Scientific memoirs by medical officers of the Army of India - Part XI,
Year: 1898
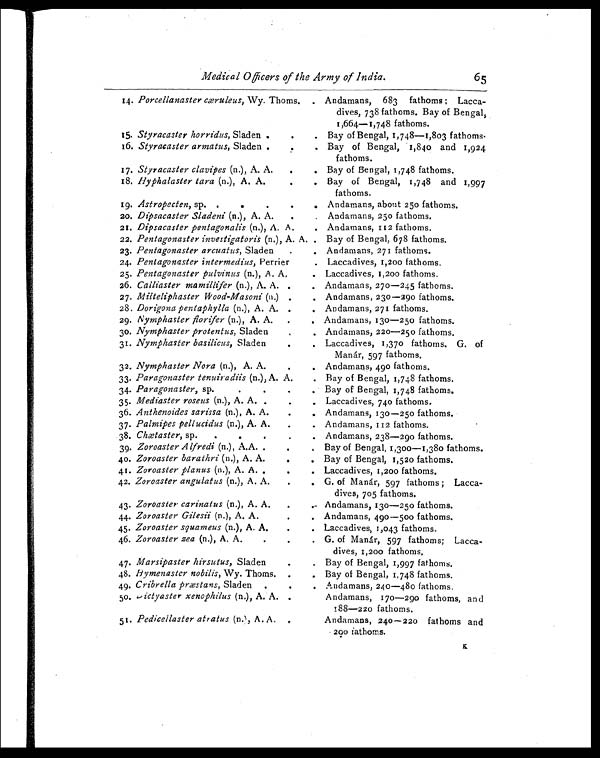
Medical Officers of the Army of India.
65
14. Porcellanaster cæruleus, Wy. Thoms. . Andamans, 683 fathoms; Lacca-
dives, 738 fathoms. Bay of Bengal,
1,664-1,748 fathoms.
15. Styracaster horridus, Sladen .
. Bay of Bengal, 1,748—1,803 fathoms.
16. Styracaster armatus, Sladen .
.
. Bay of Bengal, 1,840 and 1,924
fathoms.
17. Styracaster clavipes (n.), A. A.
.
. Bay of Bengal, 1,748 fathoms.
18. Hyphalaster tara (n.), A. A. .
. Bay of Bengal, 1,748 and 1,997
fathoms.
19. Astropecten, sp. .
. Andamans, about 250 fathoms.
20. Dipsacaster Sladeni (n.), A. A.
.
. Andamans, 250 fathoms.
21. Dipsacaster pentagonalis (n.), A. A.
. Andamans, 112 fathoms.
22. Pentagonaster investigatoris (n.), A. A. . Bay of Bengal, 678 fathoms.
23. Pentagonaster arcuatus, Sladen
.
. Andamans, 271 fathoms.
24. Pentagonaster intermedius, Perrier
. Laccadives, 1,200 fathoms.
25. Pentagonaster pulvinus (n.), A. A,
. Laccadives, 1,200 fathoms.
26. Calliaster mamillifer (n.), A. A. .
. Andamans, 270—245 fathoms.
27. Milteliphaster Wood-Masoni (n.) .
. Andamans, 230—290 fathoms.
28. Dorigona pentaphylla (n.), A. A. .
. Andamans, 271 fathoms.
29. Nymphaster florifer (n.), A. A.
.
. Andamans, 130—250 fathoms.
30. Nymphaster protentus, Sladen.
. Andamans, 220—250 fathoms.
31. Nymphaster basilicus, Sladen.
. Laccadives, 1,370 fathoms. G. of
Manár, 597 fathoms.
32. Nymphaster Nora (n.), A. A..
. Andamans, 490 fathoms.
33. Paragonaster tenuiradiis (n.), A. A.
. Bay of Bengal, 1,748 fathoms.
34. Paragonaster, sp.
.
. Bay of Bengal, 1,748 fathoms.
35. Mediaster roseus (n.), A. A. .
.
. Laccadives, 740 fathoms.
36. Anthenoides sarissa (n.), A. A.
.
. Andamans, 130—250 fathoms.
37. Palmipes pellucidus (n.), A. A.
.
. Andamans, 112 fathoms.
38. Chætaster, sp.
.
.
.
. Andamans, 238—290 fathoms.
39. Zoroaster Alfredi (n.), A.A. .
.
, Bay of Bengal, 1,300—1,380 fathoms.
40. Zoroaster barathri (n.), A. A.
.
. Bay of Bengal, 1,520 fathoms.
41. Zoroaster planus (n.), A. A. .
.
. Laccadives, 1,200 fathoms.
42. Zoroaster angulatus (n.), A. A..
. G. of Manár, 597 fathoms; Lacca-
dives, 705 fathoms.
43. Zoroaster carinatus (n.), A. A.
.
. Andamans, 130—250 fathoms.
44. Zoroaster Gilesii (n.), A. A. .
. Andamans, 490—500 fathoms.
45. Zoroaster squameus (n.), A. A. .
. Laccadives, 1,043 fathoms.
46. Zoroaster sea (n.), A. A.
. .
. G. of Manár, 597 fathoms; Lacca-
dives, 1,200 fathoms.
47. Marsipaster hirsutus, Sladen
.
. Bay of Bengal, 1,997 fathoms.
48. Hymenaster nobilis, Wy. Thoms. .
. Bay of Bengal, 1,748 fathoms.
49. Cribrella præstans, Sladen . .
. Andamans, 240—480 fathoms.
5o. Dictyaster xenophilus (n.), A. A. .
. Andamans, 170—290 fathoms, and
188—220 fathoms.
51. Pedicellaster atratus (n.) A. A. .
Andamans, 240—220 fathoms and
200 fathoms.